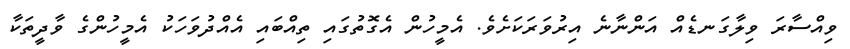
ވިއްސާރަ ވިލާގަނޑެއް އަންނާނެ އިރުވަރަކަށެވެ. އެމީހުން އެގޮތުގައި ތިއްބައި އެއްދުވަހަކު އެމީހުންގެ ވާދީތަކާ